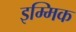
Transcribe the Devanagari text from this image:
इम्मिक